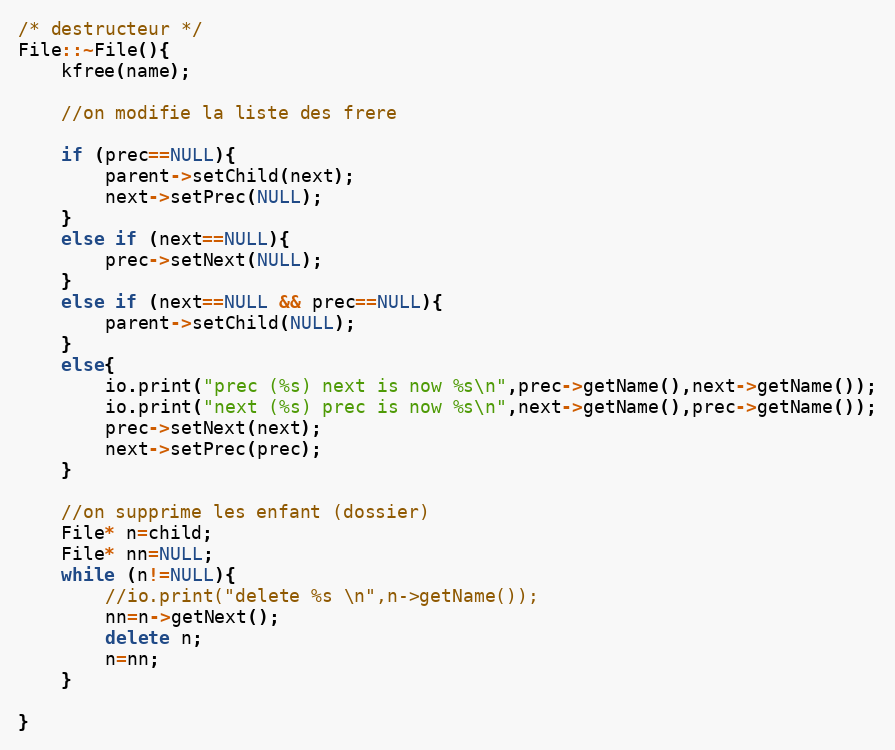
Language: C++
/* destructeur */
File::~File(){
	kfree(name);

	//on modifie la liste des frere

	if (prec==NULL){
		parent->setChild(next);
		next->setPrec(NULL);
	}
	else if (next==NULL){
		prec->setNext(NULL);
	}
	else if (next==NULL && prec==NULL){
		parent->setChild(NULL);
	}
	else{
		io.print("prec (%s) next is now %s\n",prec->getName(),next->getName());
		io.print("next (%s) prec is now %s\n",next->getName(),prec->getName());
		prec->setNext(next);
		next->setPrec(prec);
	}

	//on supprime les enfant (dossier)
	File* n=child;
	File* nn=NULL;
	while (n!=NULL){
		//io.print("delete %s \n",n->getName());
		nn=n->getNext();
		delete n;
		n=nn;
	}

}